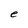
Character: e